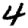
Digit: 4